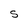
Character: S